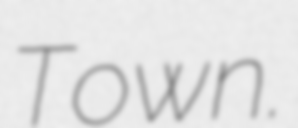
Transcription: Town.